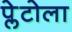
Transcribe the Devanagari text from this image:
प्लेटोला